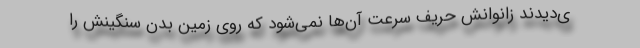
ی‌دیدند زانوانش حریف سرعت آن‌ها نمی‌شود که روی زمین بدن سنگینش را